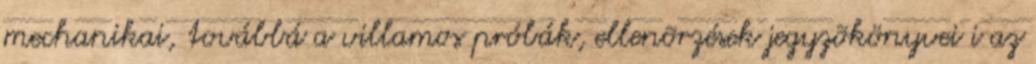
mechanikai, továbbá a villamos próbák, ellenõrzések jegyzõkönyvei i az